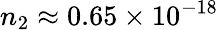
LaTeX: n_{2}\approx 0.65\times 10^{-18}